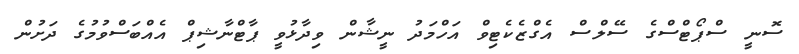
ސޮނީ ސްޕޯޓްސްގެ ސޭލްސް އެގްޒެކެޓިވް އަހްމަދު ނީޝާން ވިދާޅުވީ ޕާޓްނާޝިޕް އެއްބަސްވުމުގެ ދަށުން